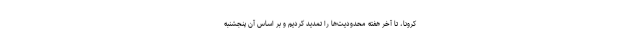
کرونا، تا آخر هفته محدودیت‌ها را تمدید کردیم و بر اساس آن پنجشنبه